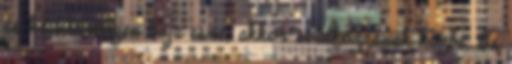
és ha bármilyen baja esne, akkor avatkozzanak közbe. És